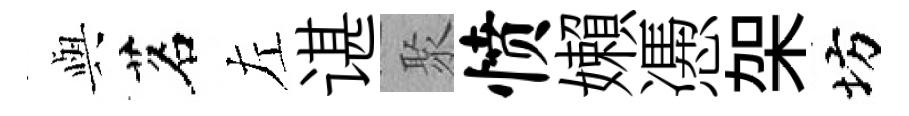
𫤰茗左谌聚愤嬾慿架坊